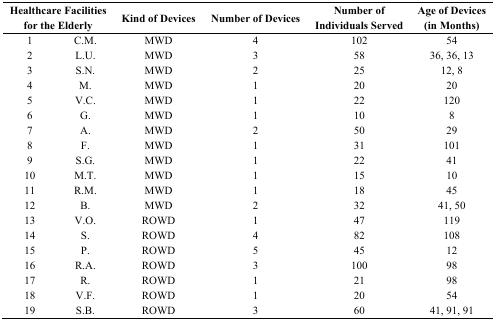
| <COLSPAN=2> Healthcare Facilities for the Elderly | Kind of Devices | Number of Devices | Number of Individuals Served | Age of Devices (in Months) |
 | --- | --- | --- | --- | --- | --- |
 | 1 | C.M. | MWD | 4 | 102 | 54 |
 | 2 | L.U. | MWD | 3 | 58 | 36, 36, 13 |
 | 3 | S.N. | MWD | 2 | 25 | 12, 8 |
 | 4 | M. | MWD | 1 | 20 | 20 |
 | 5 | V.C. | MWD | 1 | 22 | 120 |
 | 6 | G. | MWD | 1 | 10 | 8 |
 | 7 | A. | MWD | 2 | 50 | 29 |
 | 8 | F. | MWD | 1 | 31 | 101 |
 | 9 | S.G. | MWD | 1 | 22 | 41 |
 | 10 | M.T. | MWD | 1 | 15 | 10 |
 | 11 | R.M. | MWD | 1 | 18 | 45 |
 | 12 | B. | MWD | 2 | 32 | 41, 50 |
 | 13 | V.O. | ROWD | 1 | 47 | 119 |
 | 14 | S. | ROWD | 4 | 82 | 108 |
 | 15 | P. | ROWD | 5 | 45 | 12 |
 | 16 | R.A. | ROWD | 3 | 100 | 98 |
 | 17 | R. | ROWD | 1 | 21 | 98 |
 | 18 | V.F. | ROWD | 1 | 20 | 54 |
 | 19 | S.B. | ROWD | 3 | 60 | 41, 91, 91 |